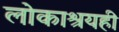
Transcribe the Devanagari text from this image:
लोकाश्रयही